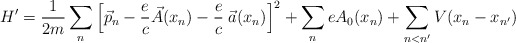
\begin{align*}H' = \frac{1}{2m} \sum_n \left[\vec{p}_n - \frac{e}{c} \vec{A}(x_n) - \frac{e}{c} \; \vec{a}(x_n) \right]^2 + \sum_n e A_0 (x_n) + \sum_{n < n'} V(x_n - x_{n'})\end{align*}